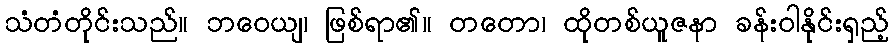
သံတံတိုင်းသည်။ ဘဝေယျ၊ ဖြစ်ရာ၏။ တတော၊ ထိုတစ်ယူဇနာ ခန်းဝါနိုင်းရှည့်